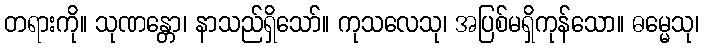
တရားကို။ သုဏန္တော၊ နာသည်ရှိသော်။ ကုသလေသု၊ အပြစ်မရှိကုန်သော။ ဓမ္မေသု၊